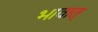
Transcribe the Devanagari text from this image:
भावात्